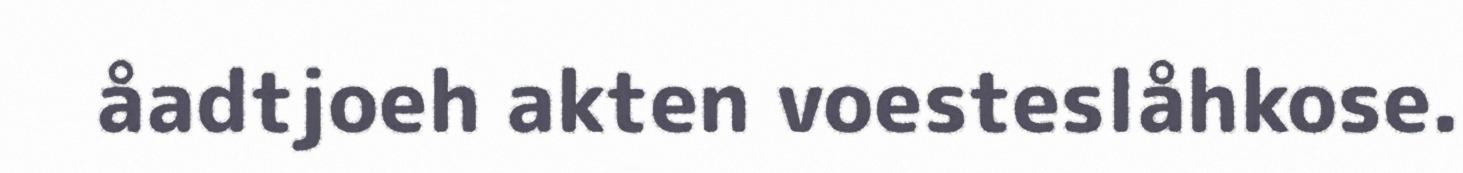
åadtjoeh akten voesteslåhkose.